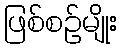
ဖြစ်စဉ်မျိုး